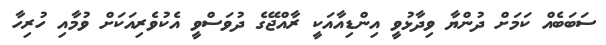
ސަބަބެއް ކަމަށް ދުންޔާ ވިދާޅުވީ އިންޑިއާއަކީ ރާއްޖޭގެ ދުވަސްވީ އެކުވެރިއަކަށް ވުމާއި ހުރިހާ